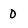
Character: 0